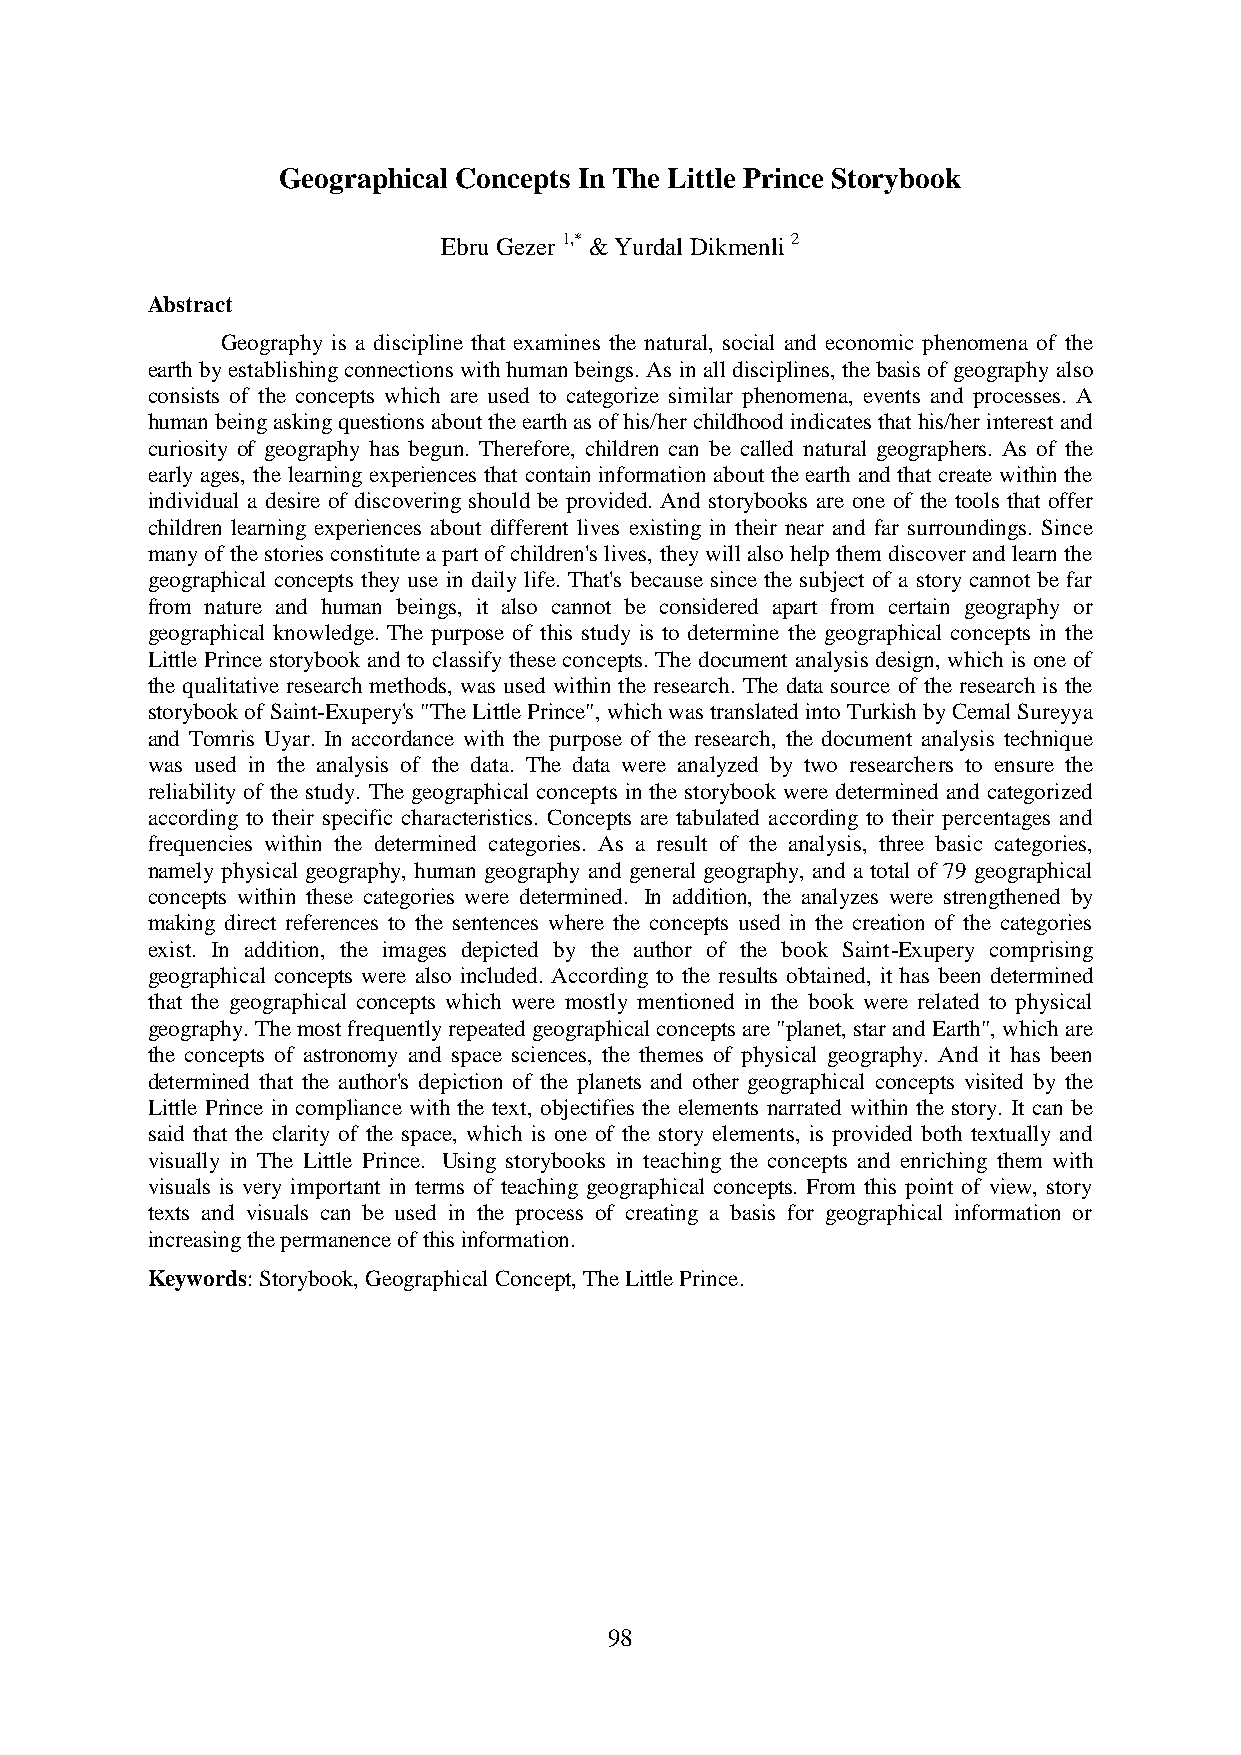
Geographical Concepts In The Little Prince Storybook
 Ebru Gezer 1,* & Yurdal Dikmenli 2
 Abstract
 Geography is a discipline that examines the natural, social and economic phenomena of the
 earth by establishing connections with human beings. As in all disciplines, the basis of geography also
 consists of the concepts which are used to categorize similar phenomena, events and processes. A
 human being asking questions about the earth as of his/her childhood indicates that his/her interest and
 curiosity of geography has begun. Therefore, children can be called natural geographers. As of the
 early ages, the learning experiences that contain information about the earth and that create within the
 individual a desire of discovering should be provided. And storybooks are one of the tools that offer
 children learning experiences about different lives existing in their near and far surroundings. Since
 many of the stories constitute a part of children's lives, they will also help them discover and learn the
 geographical concepts they use in daily life. That's because since the subject of a story cannot be far
 from nature and human beings, it also cannot be considered apart from certain geography or
 geographical knowledge. The purpose of this study is to determine the geographical concepts in the
 Little Prince storybook and to classify these concepts. The document analysis design, which is one of
 the qualitative research methods, was used within the research. The data source of the research is the
 storybook of Saint-Exupery's "The Little Prince", which was translated into Turkish by Cemal Sureyya
 and Tomris Uyar. In accordance with the purpose of the research, the document analysis technique
 was used in the analysis of the data. The data were analyzed by two researchers to ensure the
 reliability of the study. The geographical concepts in the storybook were determined and categorized
 according to their specific characteristics. Concepts are tabulated according to their percentages and
 frequencies within the determined categories. As a result of the analysis, three basic categories,
 namely physical geography, human geography and general geography, and a total of 79 geographical
 concepts within these categories were determined. In addition, the analyzes were strengthened by
 making direct references to the sentences where the concepts used in the creation of the categories
 exist. In addition, the images depicted by the author of the book Saint-Exupery comprising
 geographical concepts were also included. According to the results obtained, it has been determined
 that the geographical concepts which were mostly mentioned in the book were related to physical
 geography. The most frequently repeated geographical concepts are "planet, star and Earth", which are
 the concepts of astronomy and space sciences, the themes of physical geography. And it has been
 determined that the author's depiction of the planets and other geographical concepts visited by the
 Little Prince in compliance with the text, objectifies the elements narrated within the story. It can be
 said that the clarity of the space, which is one of the story elements, is provided both textually and
 visually in The Little Prince. Using storybooks in teaching the concepts and enriching them with
 visuals is very important in terms of teaching geographical concepts. From this point of view, story
 texts and visuals can be used in the process of creating a basis for geographical information or
 increasing the permanence of this information.
 Keywords: Storybook, Geographical Concept, The Little Prince.
 98